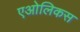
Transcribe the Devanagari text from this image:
एओलिकस